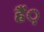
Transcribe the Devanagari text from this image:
हैं़